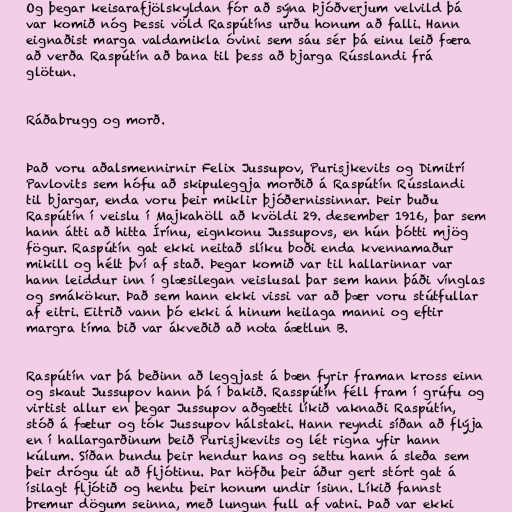
Og þegar keisarafjölskyldan fór að sýna Þjóðverjum velvild þá
var komið nóg Þessi völd Raspútíns urðu honum að falli. Hann
eignaðist marga valdamikla óvini sem sáu sér þá einu leið færa
að verða Raspútín að bana til þess að bjarga Rússlandi frá
glötun.

Ráðabrugg og morð.

Það voru aðalsmennirnir Felix Jussupov, Purisjkevits og Dimitrí
Pavlovits sem hófu að skipuleggja morðið á Raspútín Rússlandi
til bjargar, enda voru þeir miklir þjóðernissinnar. Þeir buðu
Raspútín í veislu í Majkahöll að kvöldi 29. desember 1916, þar sem
hann átti að hitta Írínu, eignkonu Jussupovs, en hún þótti mjög
fögur. Raspútín gat ekki neitað slíku boði enda kvennamaður
mikill og hélt því af stað. Þegar komið var til hallarinnar var
hann leiddur inn í glæsilegan veislusal þar sem hann þáði vínglas
og smákökur. Það sem hann ekki vissi var að þær voru stútfullar
af eitri. Eitrið vann þó ekki á hinum heilaga manni og eftir
margra tíma bið var ákveðið að nota áætlun B.

Raspútín var þá beðinn að leggjast á bæn fyrir framan kross einn
og skaut Jussupov hann þá í bakið. Rasspútín féll fram í grúfu og
virtist allur en þegar Jussupov aðgætti líkið vaknaði Raspútín,
stóð á fætur og tók Jussupov hálstaki. Hann reyndi síðan að flýja
en í hallargarðinum beið Purisjkevits og lét rigna yfir hann
kúlum. Síðan bundu þeir hendur hans og settu hann á sleða sem
þeir drógu út að fljótinu. Þar höfðu þeir áður gert stórt gat á
ísilagt fljótið og hentu þeir honum undir ísinn. Líkið fannst
þremur dögum seinna, með lungun full af vatni. Það var ekki